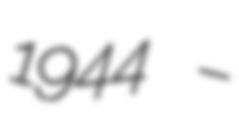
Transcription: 1944  –